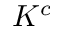
K ^ { c }